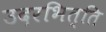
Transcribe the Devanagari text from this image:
उदरभित्ति